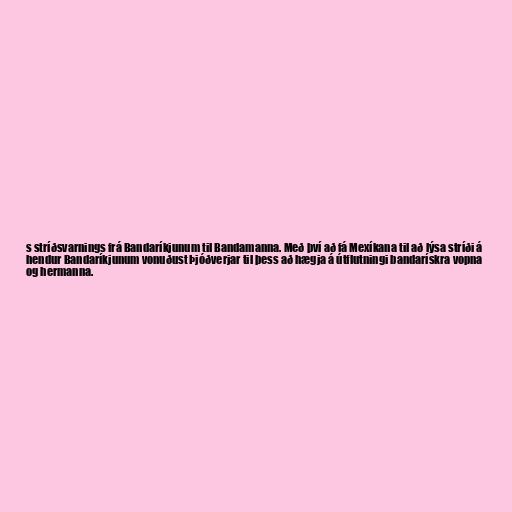
s stríðsvarnings frá Bandaríkjunum til Bandamanna. Með því að fá Mexíkana til að lýsa stríði á
hendur Bandaríkjunum vonuðust Þjóðverjar til þess að hægja á útflutningi bandarískra vopna
og hermanna.